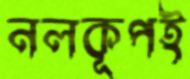
নলকূপই